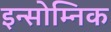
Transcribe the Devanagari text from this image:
इन्सोम्निक